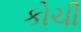
કોચી